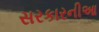
સરકારનીઆ